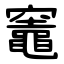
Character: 竈